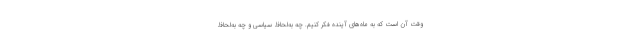
وقت آن است که به ماه‌های آینده فکر کنیم. چه به‌لحاظ سیاسی و چه به‌لحاظ